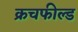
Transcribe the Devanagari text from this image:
क्रचफील्ड